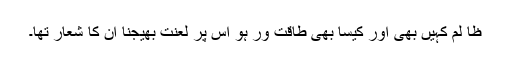
ظا لم کہیں بھی اور کیسا بھی طاقت ور ہو اس پر لعنت بھیجنا ان کا شعار تھا۔